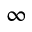
\infty